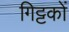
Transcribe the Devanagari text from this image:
गिट्टकों